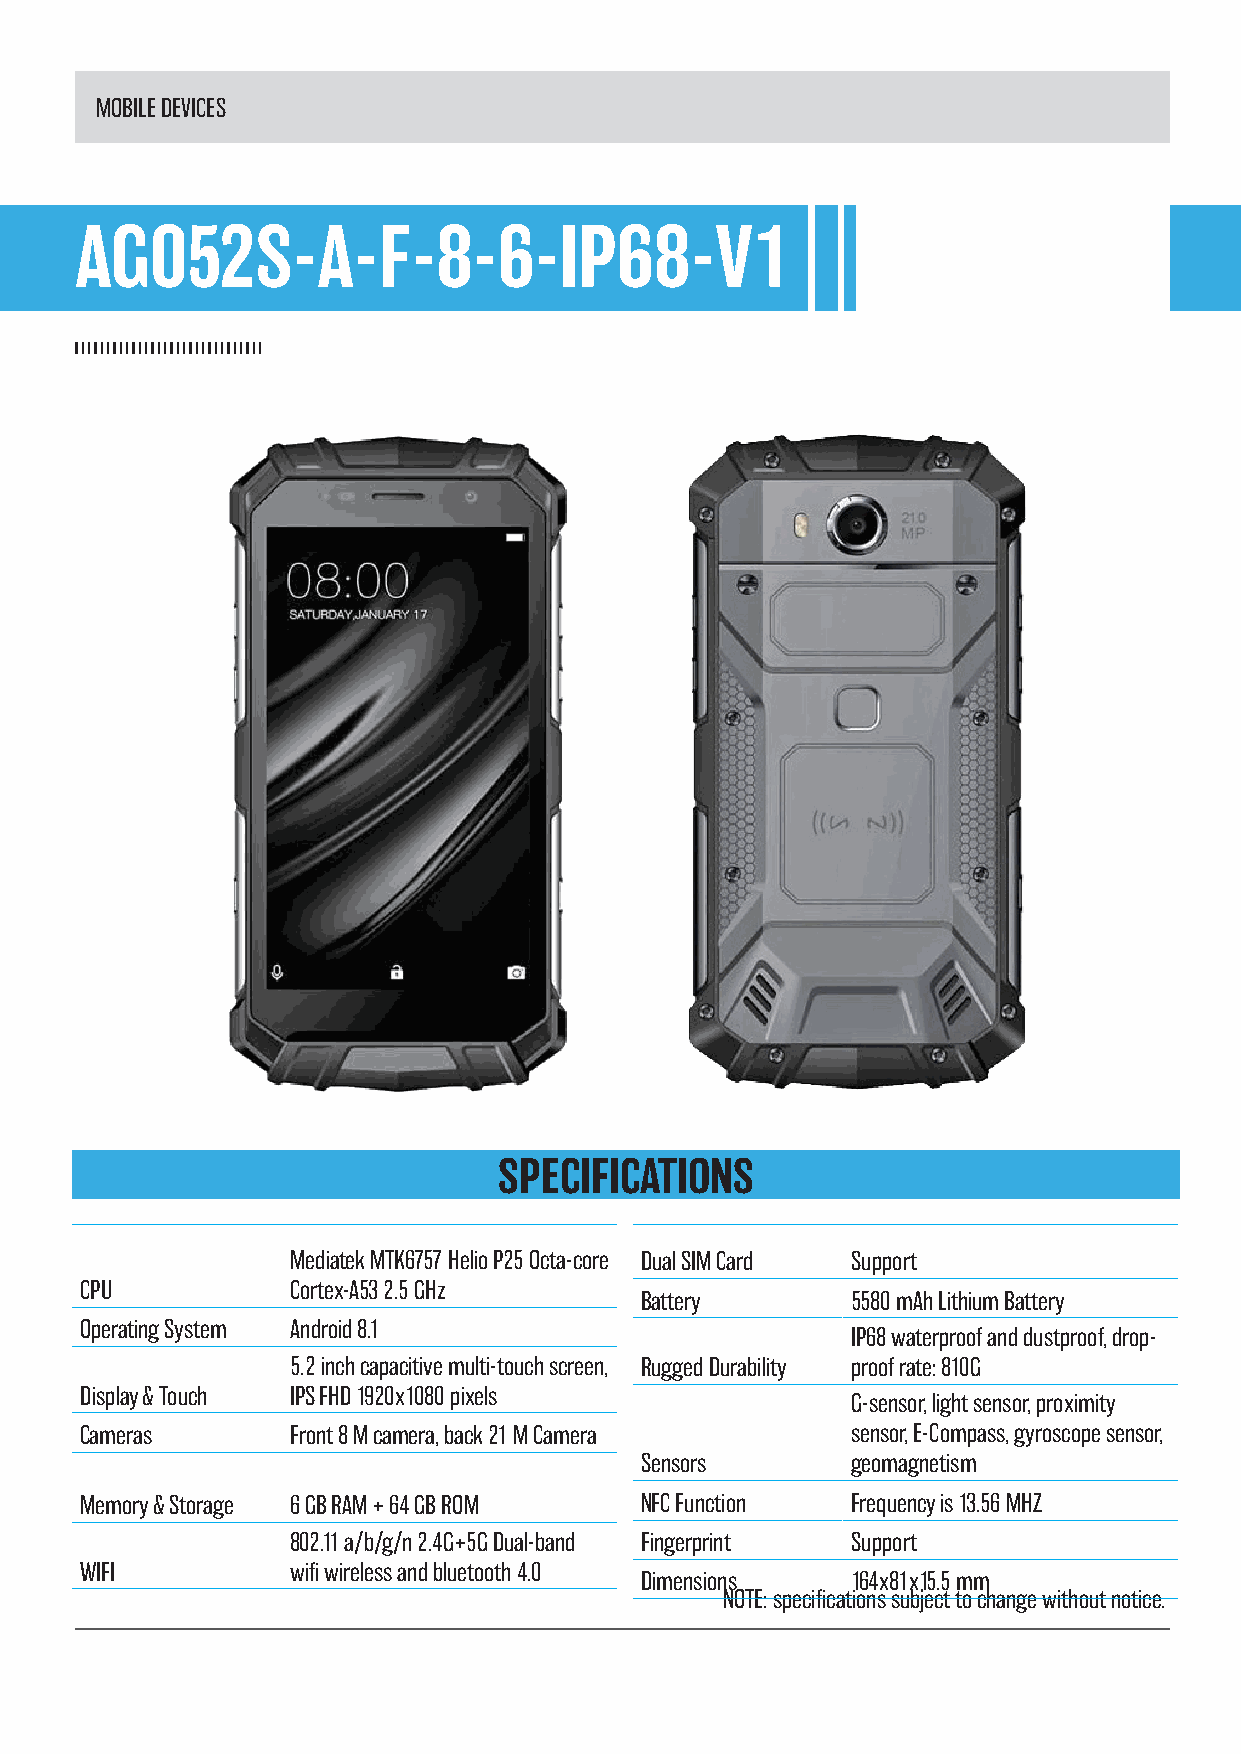
MOBILE DEVICES
 AG052S-A-F-8-6-IP68-V1
 SPECIFICATIONS
 Mediatek MTK6757 Helio P25 Octa-core Dual SIM Card Support
 CPU           Cortex-A53 2.5 GHz
 Battery       5580 mAh Lithium Battery
 Operating System Android 8.1
 IP68 waterproof and dustproof, drop-
 5.2 inch capacitive multi-touch screen, Rugged Durability proof rate: 810G
 Display & Touch IPS FHD 1920x1080 pixels
 G-sensor, light sensor, proximity
 Cameras       Front 8 M camera, back 21 M Camera   sensor, E-Compass, gyroscope sensor,
 Sensors       geomagnetism
 Memory & Storage 6 GB RAM + 64 GB ROM NFC Function Frequency is 13.56 MHZ
 802.11 a/b/g/n 2.4G+5G Dual-band Fingerprint Support
 WIFI          wifi wireless and bluetooth 4.0
 Dimensions    164x81x15.5 mm
 NOTE: specifications subject to change without notice.